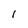
Character: 1